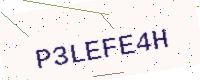
Text: P3LEFE4H